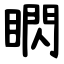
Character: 䁡